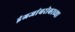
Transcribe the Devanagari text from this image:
इंग्रजांबरोबरच्या